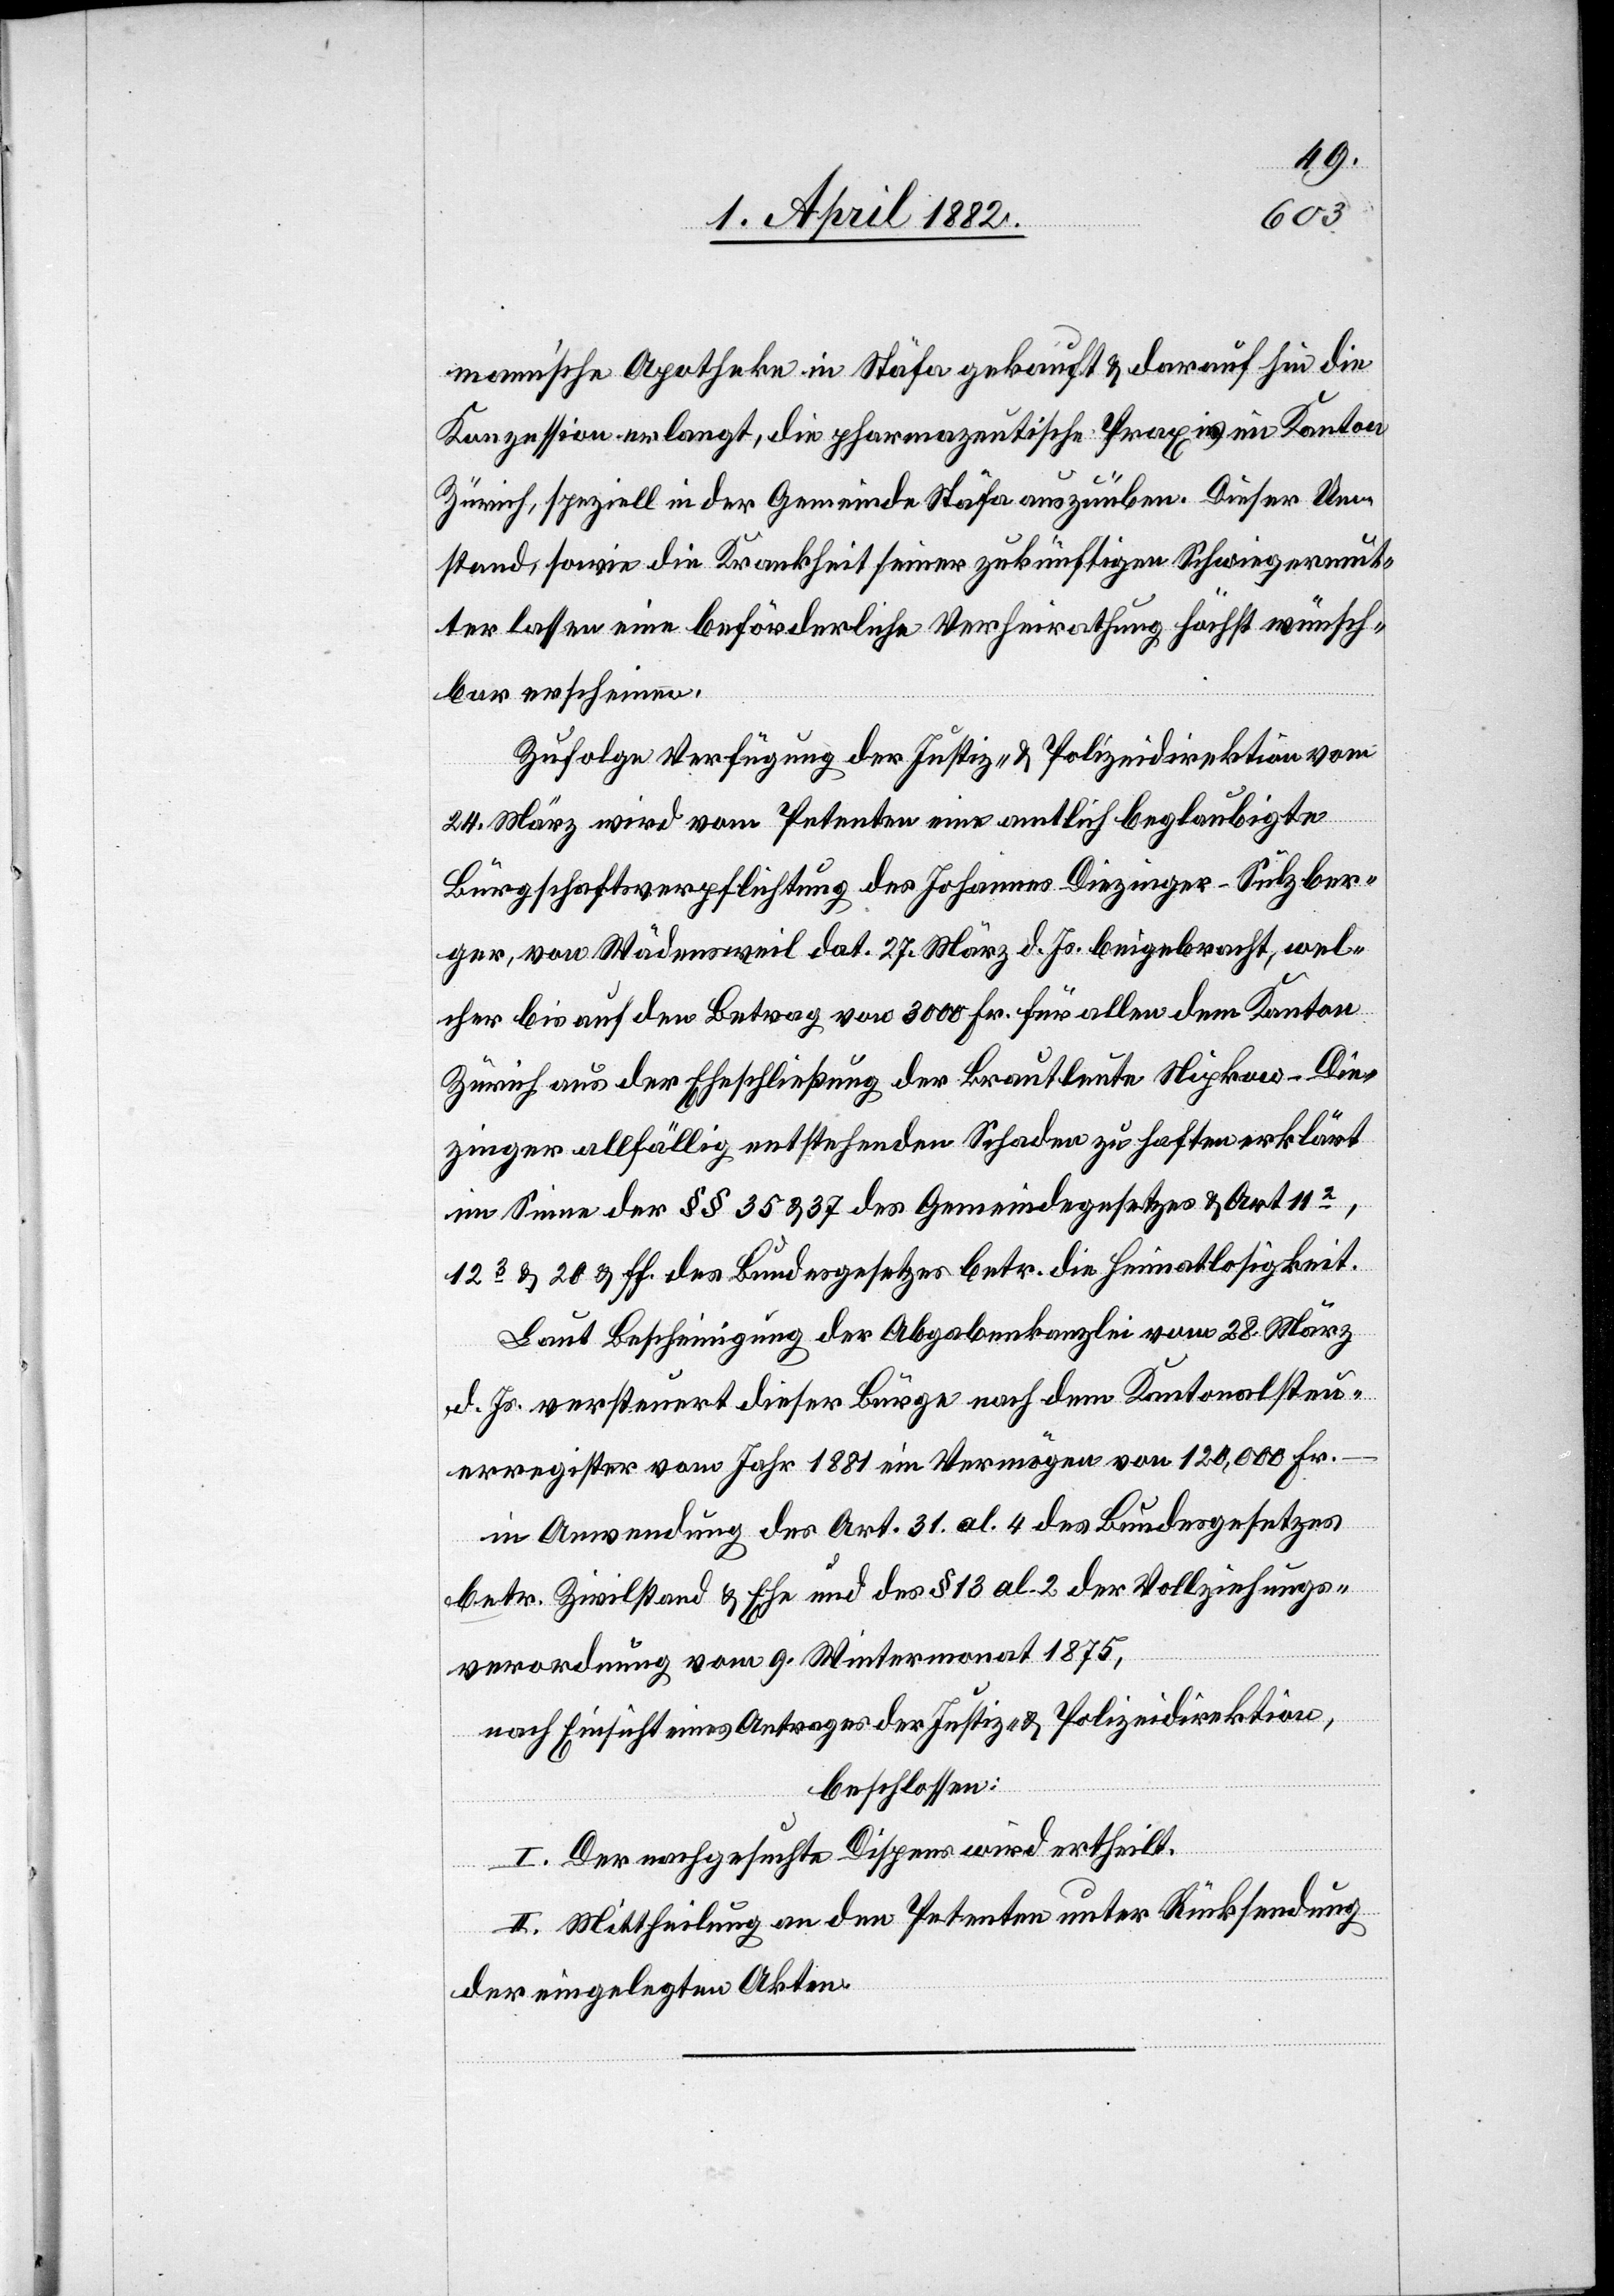
mann’sche Apotheke in Stäfa gekauft & darauf hin die
Konzession erlangt, die pharmazeutische Praxis im Kanton
Zürich, speziell in der Gemeinde Stäfa auszuüben. Dieser Um¬
stand, sowie die Krankheit seiner zukünftigen Schwiegermut¬
ter lassen eine beförderliche Verheirathung höchst wünsch¬
bar erscheinen.
Zufolge Verfügung der Justiz- & Polizeidirektion vom
24. März wird vom Petenten eine amtlich beglaubigte
Bürgschaftsverpflichtung des Johannes Diezinger-Sulzber¬
ger, von Wädensweil dat. 27. März d. Js. beigebracht, wel¬
cher bis auf den Betrag von 3000 Fr. für allen dem Kanton
Zürich aus der Eheschließung der Brautleute Nipkow-Die¬
zinger allfällig entstehenden Schaden zu haften erklärt
im Sinne der §§ 35 & 37 des Gemeindegesetzes & Art.
123 & 20 & ff. des Bundesgesetzes betr. die Heimatlosigkeit.
Laut Bescheinigung der Abgabenkanzlei vom 28. März
d. Js. versteuert dieser Bürge nach dem Kantonalsteu¬
erregister vom Jahr 1881 ein Vermögen von 120,000 Fr.
in Anwendung des Art. 31 al. 4 des Bundesgesetzes
betr. Zivilstand & Ehe und des § 13 al. 2 der Vollziehungs¬
verordnung vom 9. Wintermonat 1875,
nach Einsicht eines Antrages der Justiz- & Polizeidirektion,
beschlossen:
I. Der nachgesuchte Dispens wird ertheilt.
II. Mittheilung an den Petenten unter Rücksendung
der eingelegten Akten.